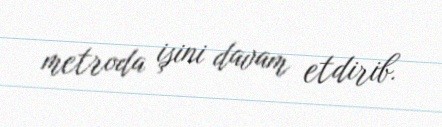
metroda işini davam etdirib.